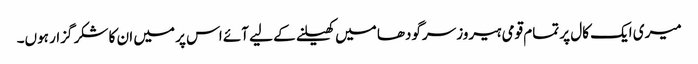
میری ایک کال پر تمام قومی ہیروز سرگودھا میں کھیلنے کے لیے آئے اس پر میں ان کا شکر گزار ہوں۔